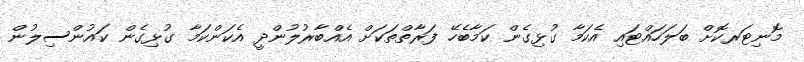
މޮނިޓަރކޮށް ބަލަހައްޓައި އެކަމާ ގުޅިގެން ކަމާބެހޭ ފަރާތްތަކަށް އެއްބާރުލުންދީ އެކަންކަމާ ގުޅިގެން ކައުންސިލުން